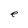
Character: e